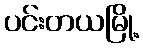
ပင်းတယမြို့